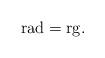
LaTeX: \begin{align*}{\rm rad} = {\rm rg}.\end{align*}